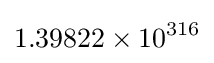
1.39822\times 10^{316}